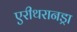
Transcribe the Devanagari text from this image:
एरीथरानड्रा